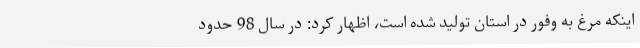
اینکه مرغ به وفور در استان تولید شده است، اظهار کرد: در سال 98 حدود